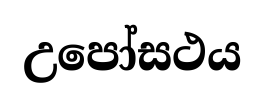
උපෝසථය